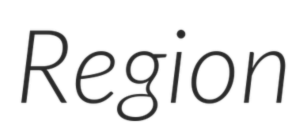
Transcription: Region